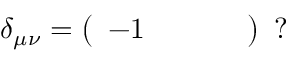
\delta _ { \mu \nu } = \left( \begin{array} { c c c c } { - 1 } & { } & { } & { } \end{array} \right) \ ?